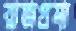
রাজপ্রসা